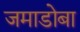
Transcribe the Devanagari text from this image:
जमाडोबा